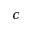
c